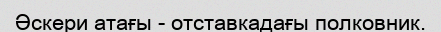
Әскери атағы - отставкадағы полковник.